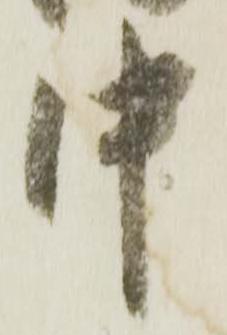
中